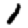
Digit: 1